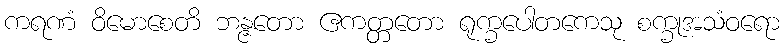
ကရဏံ ဝိမောစေတိ ဘန္ဇတော ဧကတ္တတော ရုက္ခပေါတကေသု စက္ခုအသံဝရော